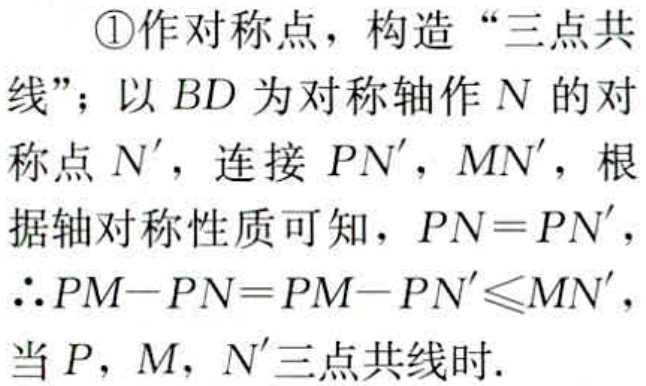
\textcircled{1}作对称点，构造“三点共

线”；以 \(BD\) 为对称轴作 \(N\) 的对

称点 \(N'\)，连接 \(PN'\)，\(MN'\)，根

据轴对称性质可知，\(PN = PN'\)，

\(\therefore PM - PN=PM - PN'\leqslant MN'\)，

当 \(P\)，\(M\)，\(N'\)三点共线时.